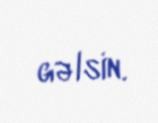
gəlsin.